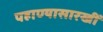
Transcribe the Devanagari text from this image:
पहाण्यासारखीं